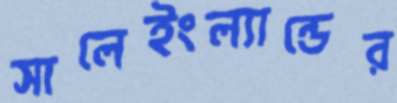
সালেইংল্যান্ডের